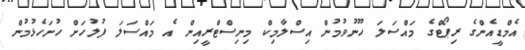
އެމްޑީއެންގެ ރިޕޯޓްގެ މައްސަލަ ހޫނުވުމުން އިސްލާމިކް މިނިސްޓްރީއިން އެ މައްސަލަ ފުލުހަށް ހުށަހެޅުމުން